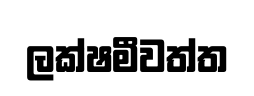
ලක්ෂමීවත්ත